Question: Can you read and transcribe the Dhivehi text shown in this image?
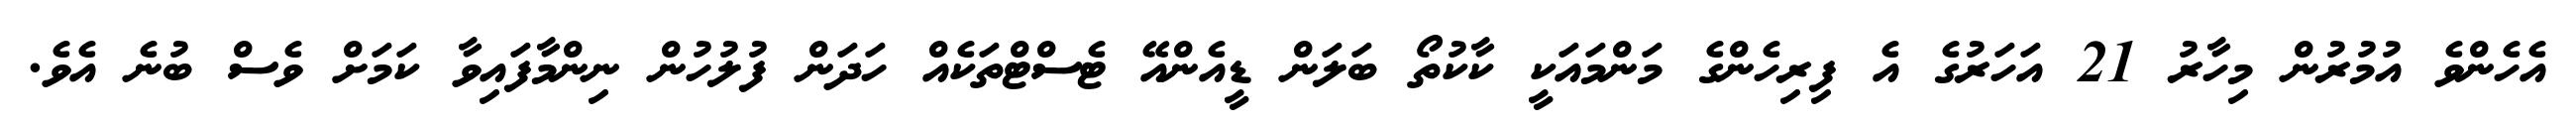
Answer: އެހެންވެ އުމުރުން މިހާރު 21 އަހަރުގެ އެ ފިރިހެންގެ މަންމައަކީ ކާކުތޯ ބަލަން ޑީއެންއޭ ޓެސްޓްތަކެއް ހަދަން ފުލުހުން ނިންމާފައިވާ ކަމަށް ވެސް ބުނެ އެވެ.